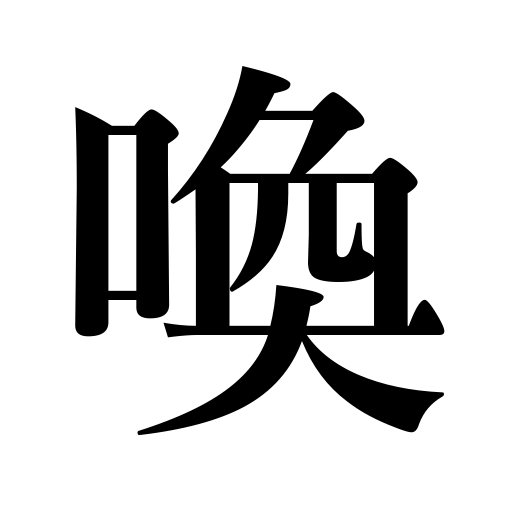
Meanings: yell,scream,cry,shout,clamor